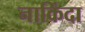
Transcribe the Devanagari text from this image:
नाकिंदा